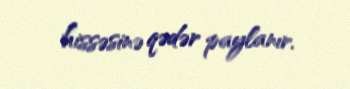
hissəsinə qədər paylanır.